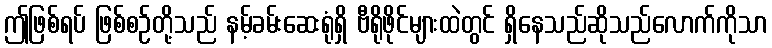
ဤဖြစ်ရပ် ဖြစ်စဉ်တို့သည် နမ့်ခမ်းဆေးရုံရှိ ဗီရိုဖိုင်များထဲတွင် ရှိနေသည်ဆိုသည်လောက်ကိုသာ